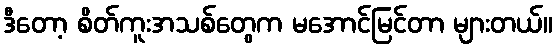
ဒီတော့ စိတ်ကူးအသစ်တွေက မအောင်မြင်တာ များတယ်။